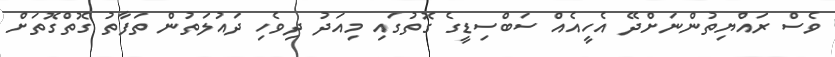
ވެސް ރައްޔިތުންނަށްދޭ އެހީއެއް ސަބްސިޑީގެ ގޮތުގައި މިއަދު ދިވެހި ދައުލަތުން ތަފާތު ގޮތްގޮތަށް